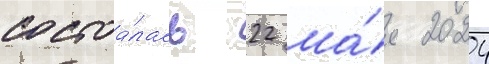
состоа́лась 22 ма́я 2024